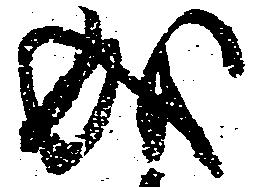
成